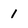
Character: 1